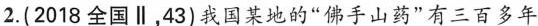
2.(2018全国∥，43)我国某地的”佛手山药”有三百多年